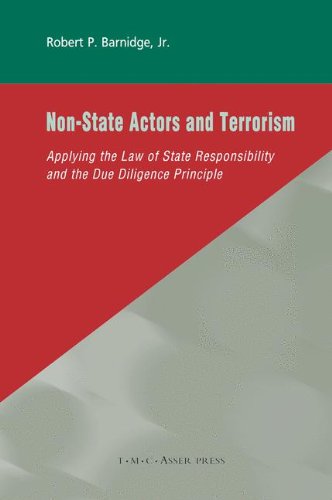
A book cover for Non-State Actors and Terrorism: Applying the Law of State Responsibility and the Due Diligence Principle; Robert P. Barnidge  Jr.; Law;